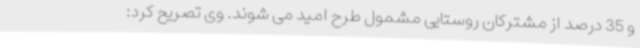
و 35 درصد از مشترکان روستایی مشمول طرح امید می شوند. وی تصریح کرد: